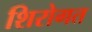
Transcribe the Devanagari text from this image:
शिरोगत